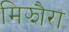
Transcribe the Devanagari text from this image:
मिझौरा